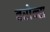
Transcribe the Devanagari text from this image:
बरोन्स